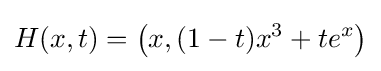
H(x,t)=\left(x,(1-t)x^{3}+te^{x}\right)